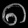
Digit: ၈